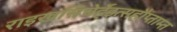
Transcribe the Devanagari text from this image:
राइखसिचेर्हेइत्सहौप्ताम्त